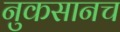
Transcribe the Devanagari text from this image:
नुकसानच